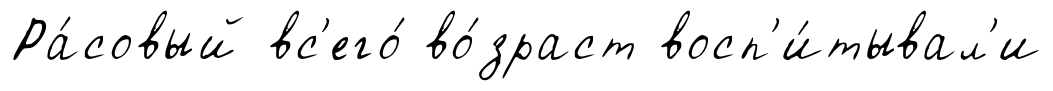
Ра́совый вс'его́ во́зраст восп'и́тывал'и